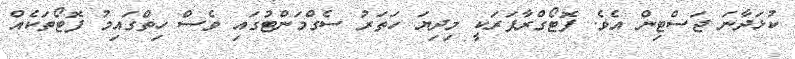
ކުޅަދާނަ ޖަސްޓިން އެވެ. ފޮޓޯގްރާފަރަކީ މިދިޔަ ހަތަރު ސެގްމަންޓުގައި ވެސް ހިތްގައިމު ފޮޓޯތަކެއް